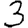
Digit: 3